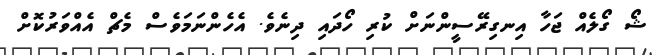
ޝޯ ގޯލެއް ޖަހާ އިނގިރޭސީންނަށް ކުރި ހޯދައި ދިނެވެ. އެހެންނަމަވެސް މެޗް އެއްވަރުކޮށް